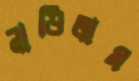
নাড়িলাম